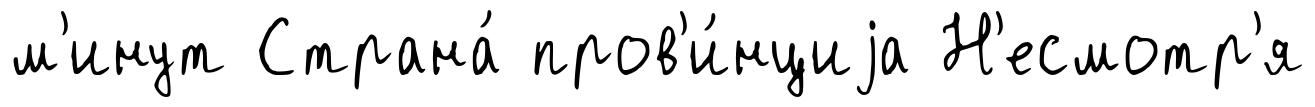
м'инут Страна́ пров'и́нциjа Н'есмотр'я